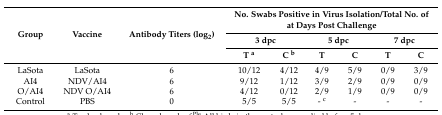
| <ROWSPAN=3> Group | <ROWSPAN=3> Vaccine | <ROWSPAN=3> Antibody Titers (log2) | <COLSPAN=6> No. Swabs Positive in Virus Isolation/Total No. of at Days Post Challenge |
 | <COLSPAN=2> 3 dpc | <COLSPAN=2> 5 dpc | <COLSPAN=2> 7 dpc |
 | T a | C b | T | C | T | C |
 | --- | --- | --- | --- | --- | --- | --- | --- | --- |
 | LaSota | LaSota | 6 | 10/12 | 4/12 | 4/9 | 5/9 | 0/9 | 3/9 |
 | AI4 | NDV/AI4 | 6 | 9/12 | 1/12 | 3/9 | 2/9 | 0/9 | 0/9 |
 | O/AI4 | NDV O/AI4 | 6 | 4/12 | 0/12 | 2/9 | 1/9 | 0/9 | 0/9 |
 | Control | PBS | 0 | 5/5 | 5/5 | - c | - | - | - |